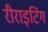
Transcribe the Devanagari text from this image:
रीराइटिंग